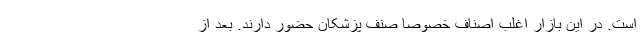
است. در این بازار اغلبِ اصناف خصوصاً صنفِ پزشکان حضور دارند. بعد از